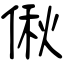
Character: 偢